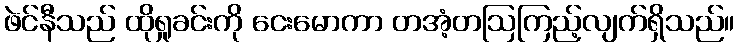
ဖဲင်နီသည် ထိုရှုခင်းကို ငေးမောကာ တအံ့တဩကြည့်လျက်ရှိသည်။